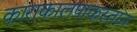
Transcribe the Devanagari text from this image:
काराकालपाकस्तान